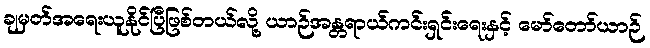
ချမှတ်အရေးယူနိုင်ပြီဖြစ်တယ်လို့ ယာဉ်အန္တရာယ်ကင်းရှင်းရေးနှင့် မော်တော်ယာဉ်